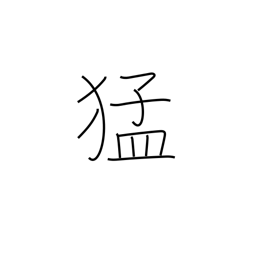
Meaning: strength